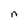
Character: n